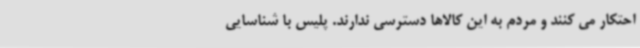
احتکار می کنند و مردم به این کالاها دسترسی ندارند. پلیس با شناسایی